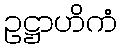
ဥဋ္ဌာဟိကံ